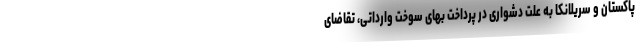
پاکستان و سریلانکا به علت دشواری در پرداخت بهای سوخت وارداتی، تقاضای